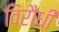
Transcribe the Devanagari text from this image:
विरौधी